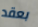
بعقد